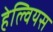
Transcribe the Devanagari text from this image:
हेल्वियस